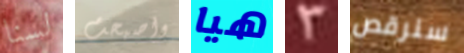
لسنا واصبحت هيا 3 سنرقص